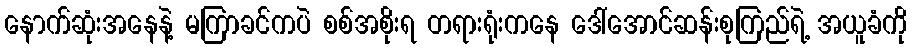
နောက်ဆုံးအနေနဲ့ မကြာခင်ကပဲ စစ်အစိုးရ တရားရုံးကနေ ဒေါ်အောင်ဆန်းစုကြည်ရဲ့ အယူခံကို